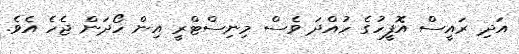
އަދި ރައީސް އޮފީހުގެ ހުއްދަ ވެސް މިނިސްޓްރީ އިން ހޯދަން ޖެހެ އެވެ.